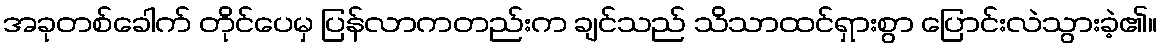
အခုတစ်ခေါက် တိုင်ပေမှ ပြန်လာကတည်းက ချင်သည် သိသာထင်ရှားစွာ ပြောင်းလဲသွားခဲ့၏။